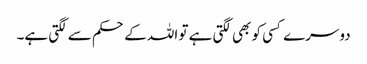
دوسرے کسی کو بھی لگتی ہے تو اللہ کے حکم سے لگتی ہے۔